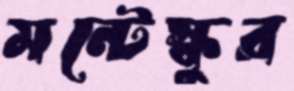
মন্টেস্কুর